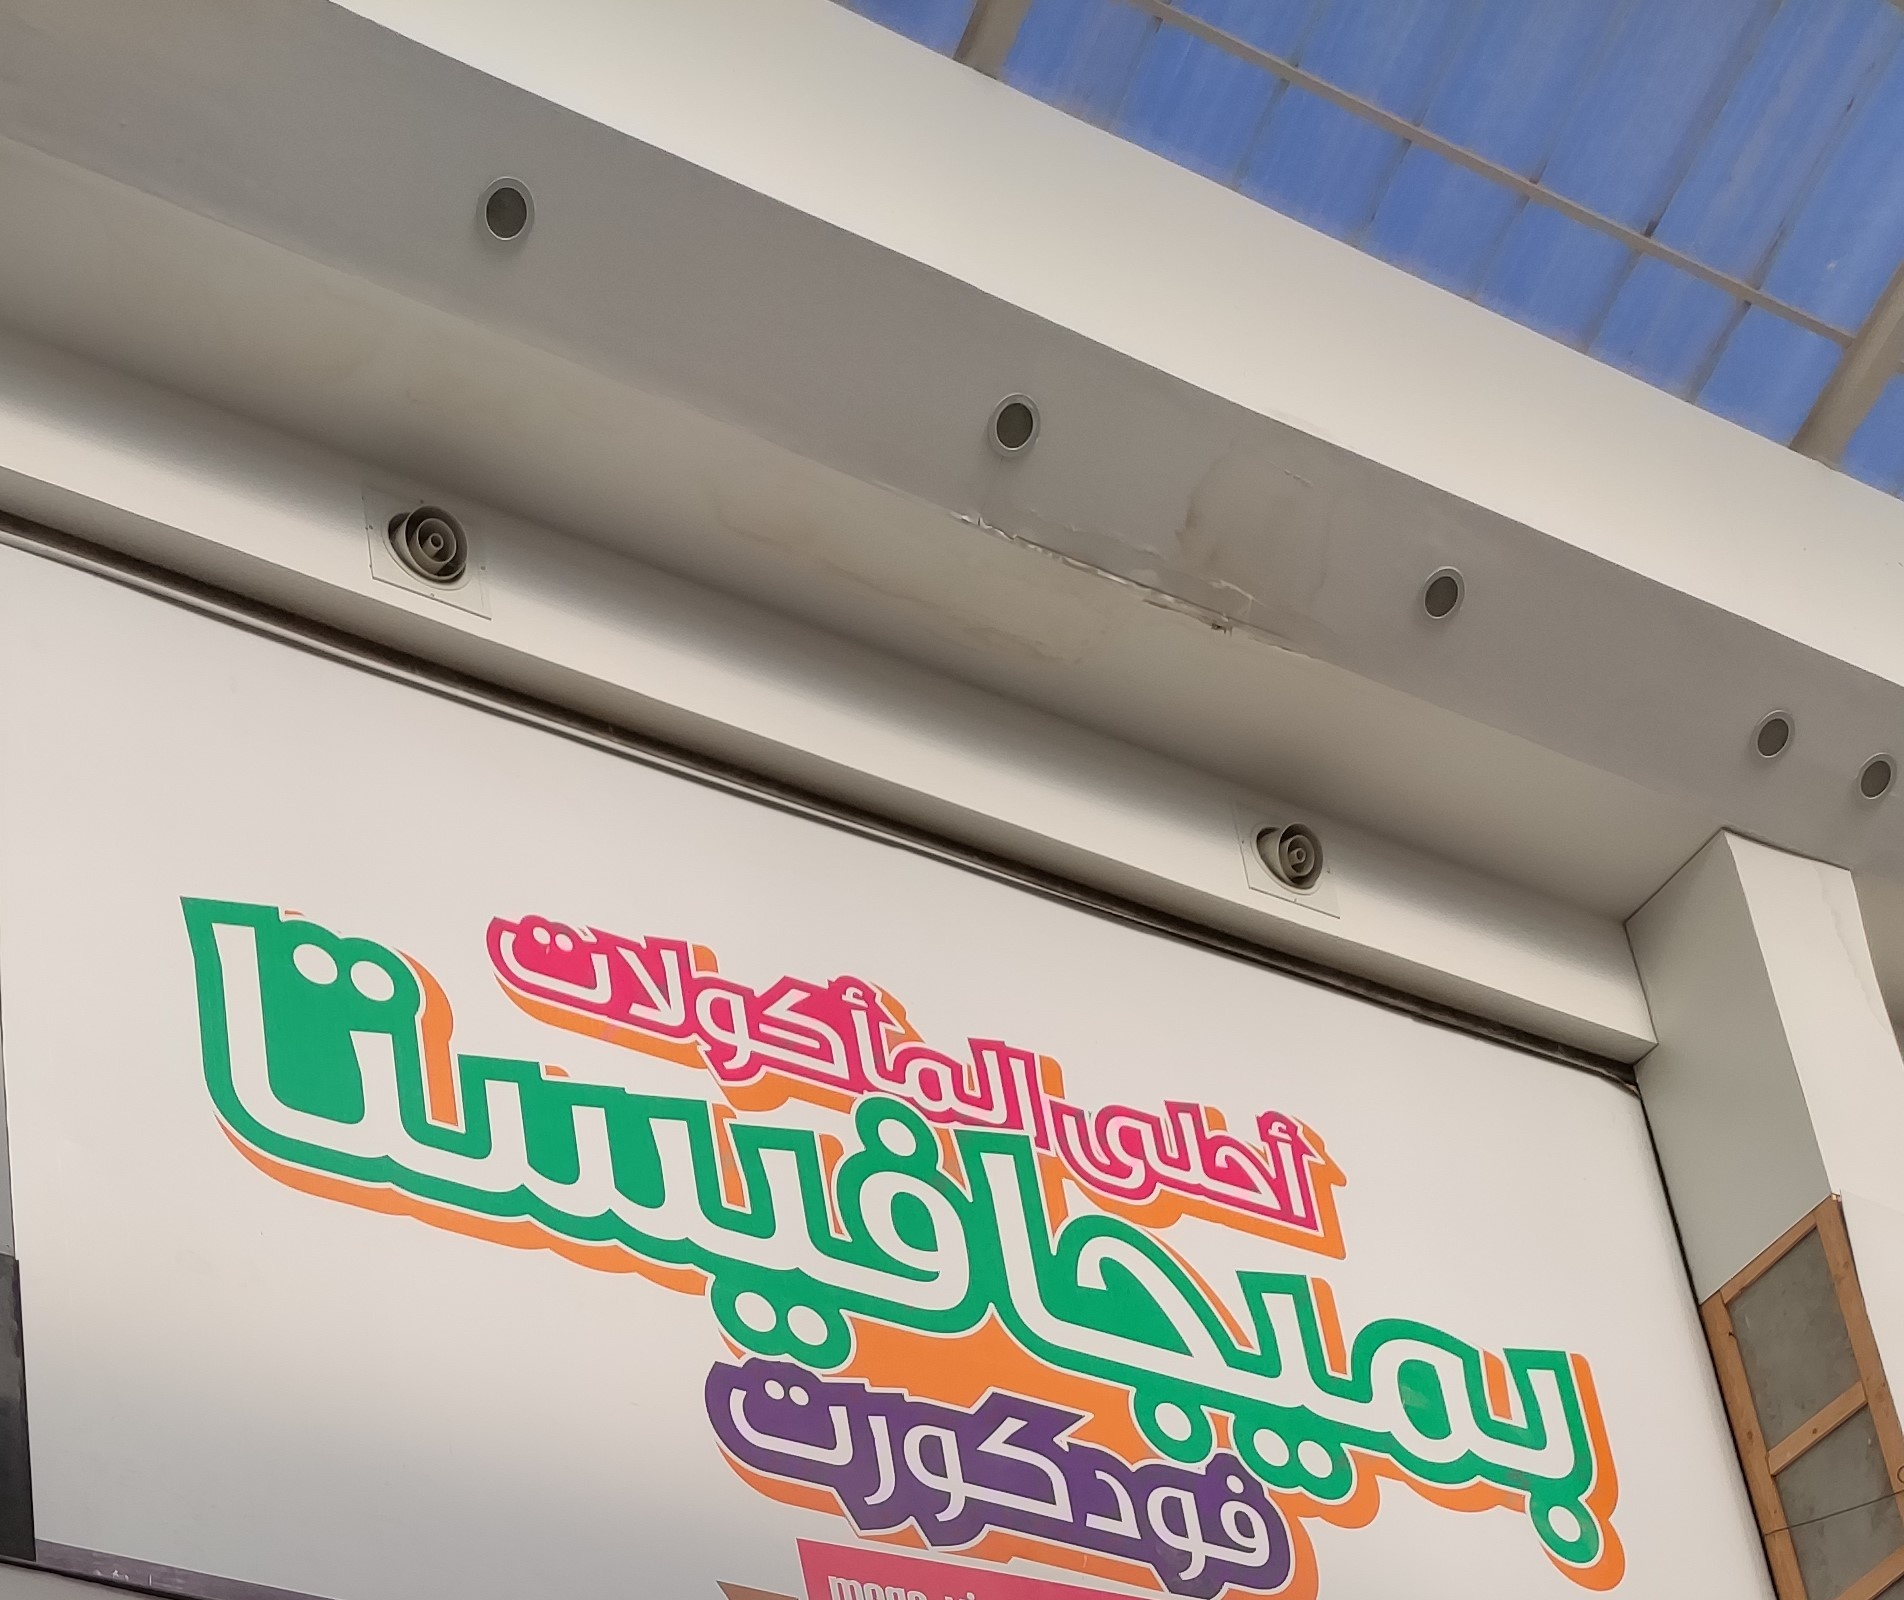
Text in image: المأكولات أحلى بميجافيستا فودكورت